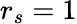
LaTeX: r_{s}=1